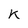
Character: K